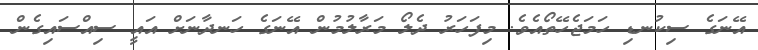
އޭނަގެ ސިކުނޑި ހަމަޖެހޭތޯއެވެ. މިފަހަރު ދެލޯ މަރާލުމުން އޭނަގެ ހަނދާނަށް އައީ ސިއްސައިގެން